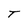
Character: T